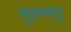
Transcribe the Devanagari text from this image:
मुहम्मदुर्